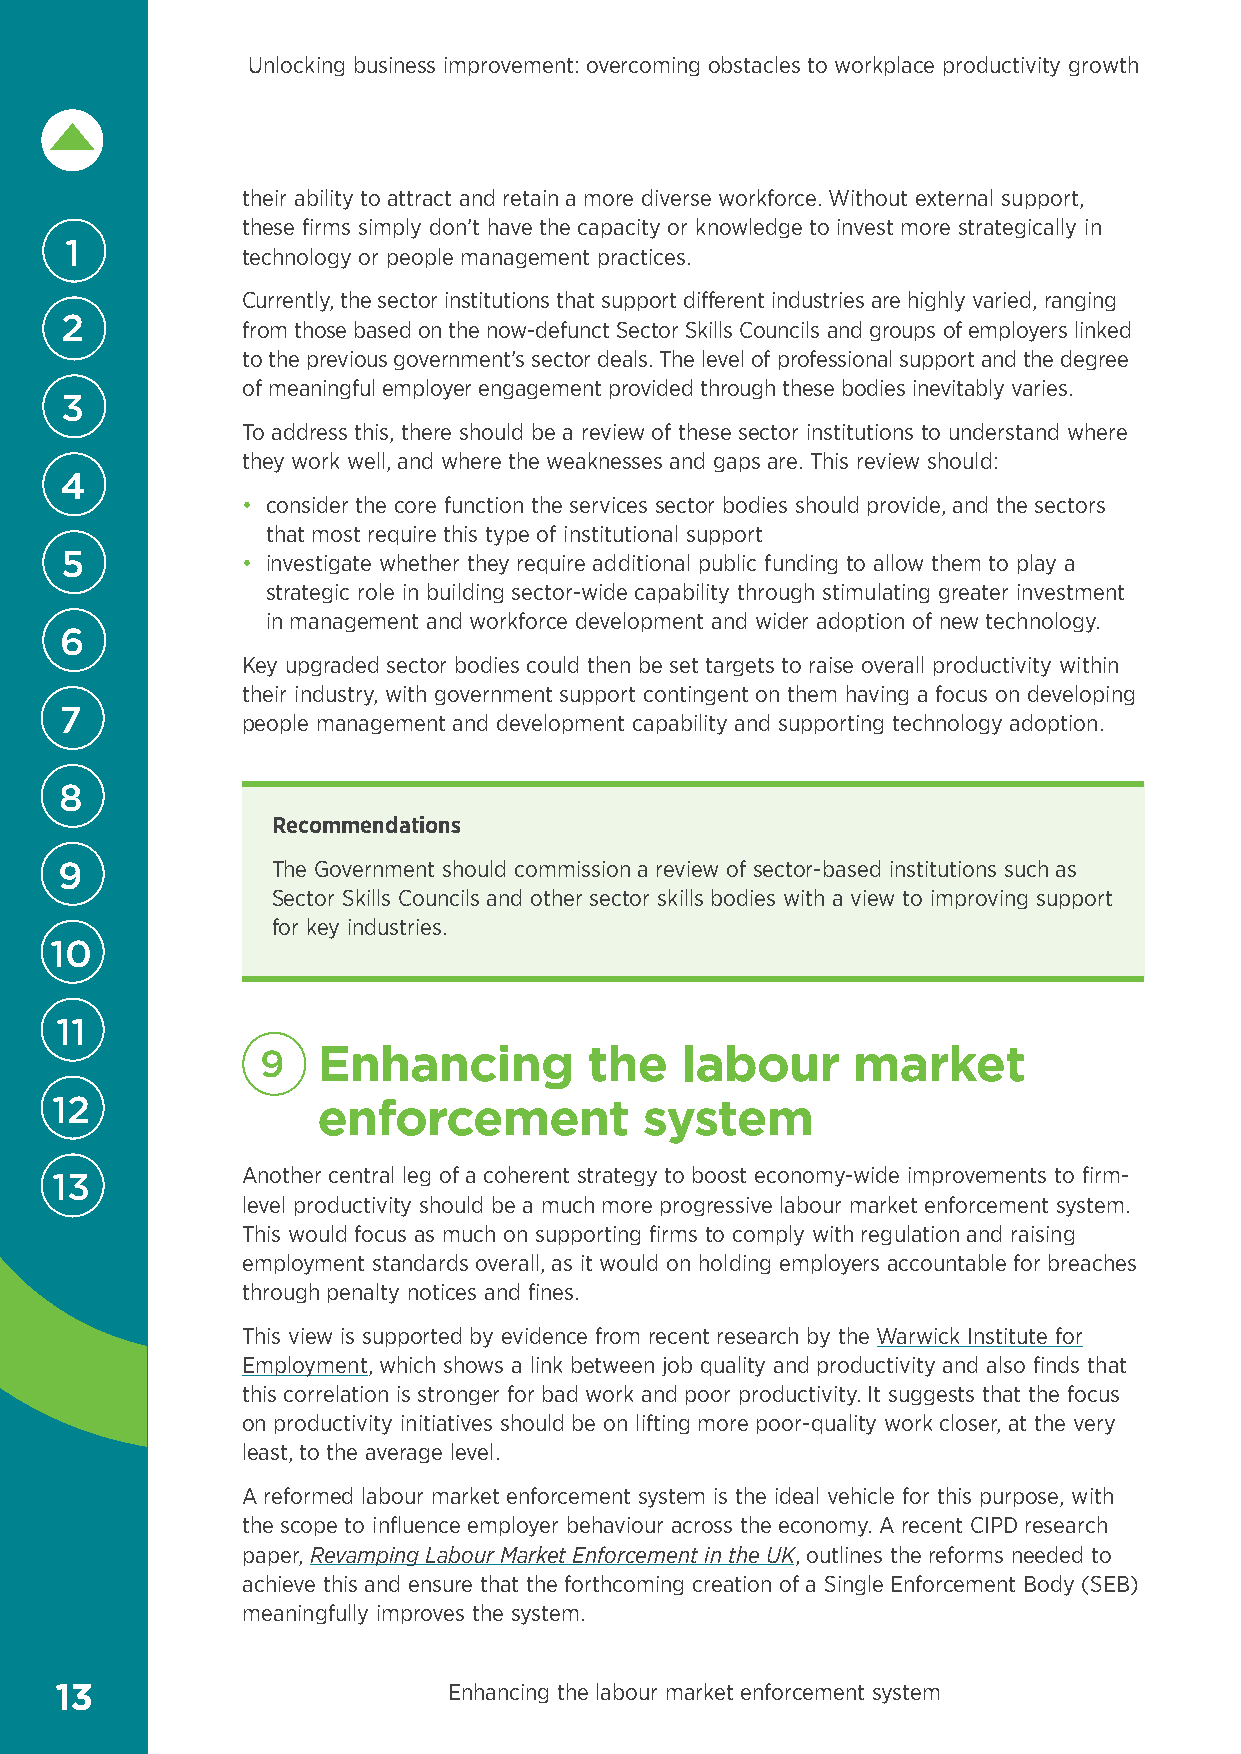
Unlocking business improvement: overcoming obstacles to workplace productivity growth
 their ability to attract and retain a more diverse workforce. Without external support,
 these firms simply don’t have the capacity or knowledge to invest more strategically in
 1
 technology or people management practices.
 Currently, the sector institutions that support different industries are highly varied, ranging
 2           from those based on the now-defunct Sector Skills Councils and groups of employers linked
 to the previous government’s sector deals. The level of professional support and the degree
 of meaningful employer engagement provided through these bodies inevitably varies.
 3
 To address this, there should be a review of these sector institutions to understand where
 they work well, and where the weaknesses and gaps are. This review should:
 4
 • consider the core function the services sector bodies should provide, and the sectors
 that most require this type of institutional support
 5           • investigate whether they require additional public funding to allow them to play a
 strategic role in building sector-wide capability through stimulating greater investment
 in management and workforce development and wider adoption of new technology.
 6
 Key upgraded sector bodies could then be set targets to raise overall productivity within
 their industry, with government support contingent on them having a focus on developing
 7
 people management and development capability and supporting technology adoption.
 8
 Recommendations
 9             The Government should commission a review of sector-based institutions such as
 Sector Skills Councils and other sector skills bodies with a view to improving support
 for key industries.
 10
 11
 9   E nhancing        the   labour     market
 12                enforcement           system
 Another central leg of a coherent strategy to boost economy-wide improvements to firm-
 13
 level productivity should be a much more progressive labour market enforcement system.
 This would focus as much on supporting firms to comply with regulation and raising
 employment standards overall, as it would on holding employers accountable for breaches
 through penalty notices and fines.
 This view is supported by evidence from recent research by the Warwick Institute for
 Employment, which shows a link between job quality and productivity and also finds that
 this correlation is stronger for bad work and poor productivity. It suggests that the focus
 on productivity initiatives should be on lifting more poor-quality work closer, at the very
 least, to the average level.
 A reformed labour market enforcement system is the ideal vehicle for this purpose, with
 the scope to influence employer behaviour across the economy. A recent CIPD research
 paper, Revamping Labour Market Enforcement in the UK, outlines the reforms needed to
 achieve this and ensure that the forthcoming creation of a Single Enforcement Body (SEB)
 meaningfully improves the system.
 13                        Enhancing the labour market enforcement system